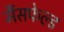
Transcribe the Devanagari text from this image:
मैंसफेल्ड